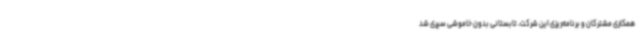
همکاری مشترکان و برنامه‌ریزی این شرکت، تابستانی بدون خاموشی سپری شد